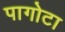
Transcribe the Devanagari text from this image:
पागोटा